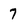
Character: 7